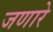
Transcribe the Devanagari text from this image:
जणारे